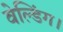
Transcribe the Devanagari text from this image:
वेल्डिंग।